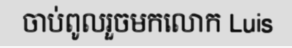
ចាប់ពូលរួចមកលោក Luis